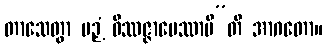
တာသေတွာ ပဉှံ ဝိဿဇ္ဇာပေဿာမီ”တိ အာဂတော။